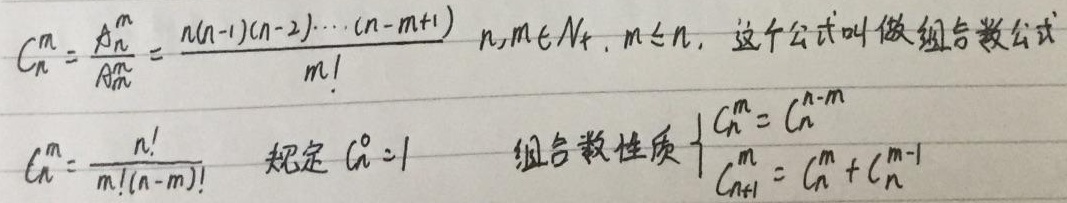
\[
\begin{align*}
C_{n}^{m}&=\frac{A_{n}^{m}}{A_{m}^{m}}=\frac{n(n - 1)(n - 2)\cdots(n - m + 1)}{m!} \quad n,m\in N_{+},m\leq n\text{，这个公式叫做组合数公式}\\
C_{n}^{m}&=\frac{n!}{m!(n - m)!} \quad\text{规定 }C_{n}^{0}=1\quad\text{组合数性质}
\begin{cases}
C_{n}^{m}=C_{n}^{n - m}\\
C_{n + 1}^{m}=C_{n}^{m}+C_{n}^{m - 1}
\end{cases}
\end{align*}
\]